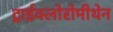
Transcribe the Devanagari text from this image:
ट्राईक्लोरोमीथेन